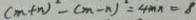
( m + n ) ^ { 2 } - ( m - n ) ^ { 2 } = 4 m n = 8